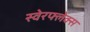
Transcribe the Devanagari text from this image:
स्वेरफ्लेक्स